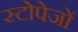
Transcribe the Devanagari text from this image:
स्टोपेजों